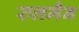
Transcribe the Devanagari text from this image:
रुलमैन